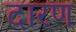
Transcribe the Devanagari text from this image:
दारण